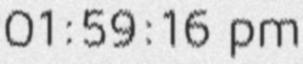
01:59:16 pm